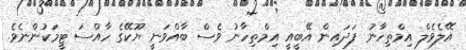
އޭލެވެލް އިމްތިހާނު ފަދައިން އޭބީއީ އިމްތިހާނު ވެސް ބާއްވަނީ ޔޫކޭގެ ހާއްސަ ޓީމަކުންނެވެ.